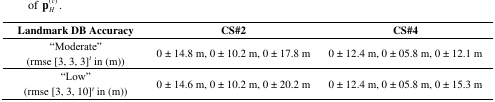
| Landmark DB Accuracy | CS#2 | CS#4 |
 | --- | --- | --- |
 | “Moderate“ (rmse [3, 3, 3]t in (m)) | 0 ± 14.8 m, 0 ± 10.2 m, 0 ± 17.8 m | 0 ± 12.4 m, 0 ± 05.8 m, 0 ± 12.1 m |
 | “Low“ (rmse [3, 3, 10]t in (m)) | 0 ± 14.6 m, 0 ± 10.2 m, 0 ± 20.2 m | 0 ± 12.4 m, 0 ± 05.8 m, 0 ± 15.3 m |